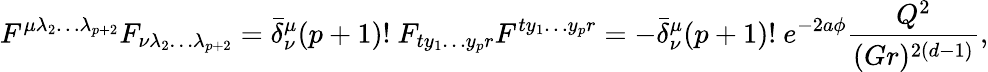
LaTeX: F^{\mu\lambda_{2}\dots\lambda_{p+2}}F_{\nu\lambda_{2}\dots\lambda_{p+2}}=\bar{\delta}_{\nu}^{\mu}(p+1)!\ F_{ty_{1}\dots y_{p}r}F^{ty_{1}\dots y_{p}r}=-\bar{\delta}_{\nu}^{\mu}(p+1)!\ e^{-2a\phi}{\frac{Q^{2}}{(Gr)^{2(d-1)}}},